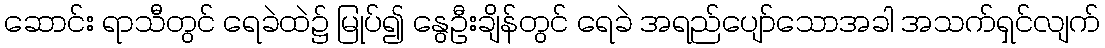
ဆောင်း ရာသီတွင် ရေခဲထဲ၌ မြုပ်၍ နွေဦးချိန်တွင် ရေခဲ အရည်ပျော်သောအခါ အသက်ရှင်လျက်